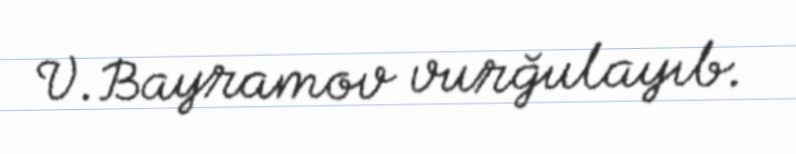
V.Bayramov vurğulayıb.